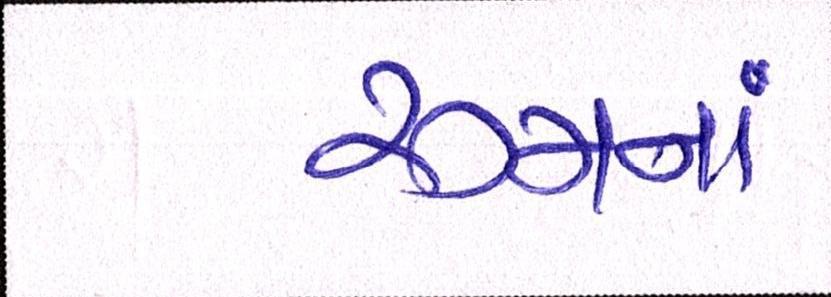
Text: રૂમનાં